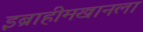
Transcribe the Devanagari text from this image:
इब्राहीमखानला